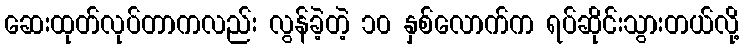
ဆေးထုတ်လုပ်တာကလည်း လွန်ခဲ့တဲ့ ၁၀ နှစ်လောက်က ရပ်ဆိုင်းသွားတယ်လို့